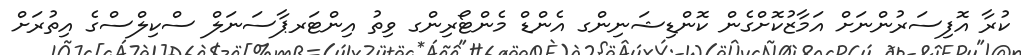
ކުރާ އޮފިސަރުންނަށް އަމާޒުކޮށްގެން ކޮންޑިޝަނިންގ އެންޑް މެންޓޯރިންގ ވިތު އިންޓަރޕާސަނަލް ސްކިލްސްގެ އިތުރަށް